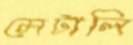
মেটালি